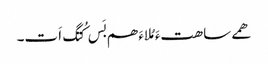
ھمے ساھتءَ مُلاءَ ھم بَس کُتگ اَت۔